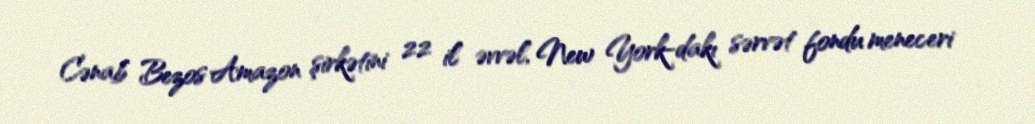
Cənab Bezos Amazon şirkətini 22 il əvvəl, New York-dakı sərvət fondu meneceri